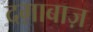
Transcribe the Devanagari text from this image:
दग़ाबाज़